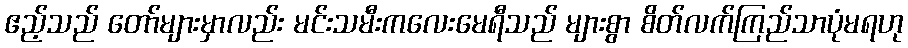
ဧည့်သည် တော်များမှာလည်း မင်းသမီးကလေးမေရီသည် များစွာ စိတ်လက်ကြည်သာပုံမရဟု